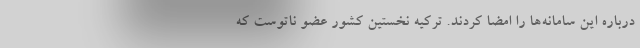
درباره این سامانه‌ها را امضا کردند. ترکیه نخستین کشور عضو ناتوست که